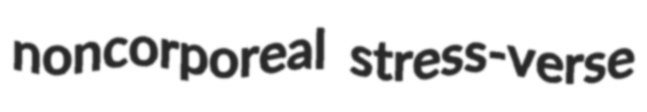
noncorporeal stress-verse